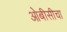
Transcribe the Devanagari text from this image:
ओबीसीचा